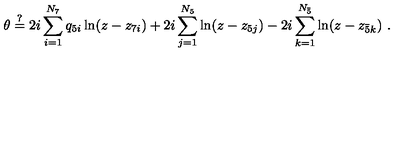
\theta \stackrel { ? } { = } 2 i \sum _ { i = 1 } ^ { N _ { 7 } } q _ { 5 i } \ln ( z - z _ { 7 i } ) + 2 i \sum _ { j = 1 } ^ { N _ { 5 } } \ln ( z - z _ { 5 j } ) - 2 i \sum _ { k = 1 } ^ { N _ { \bar { 5 } } } \ln ( z - z _ { \bar { 5 } k } ) \ .